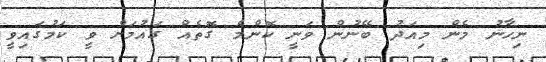
ނިހާނު މެން މިއަދު ބޭނުން ވަނީ ކޮންމެ ގޮތެއް ގައުމަށް ވީ ކަމުގައިވީ